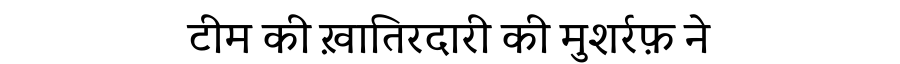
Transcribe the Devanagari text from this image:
टीम की ख़ातिरदारी की मुशर्रफ़ ने